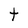
Character: t